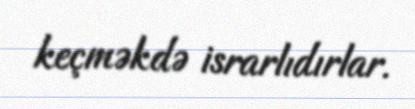
keçməkdə israrlıdırlar.